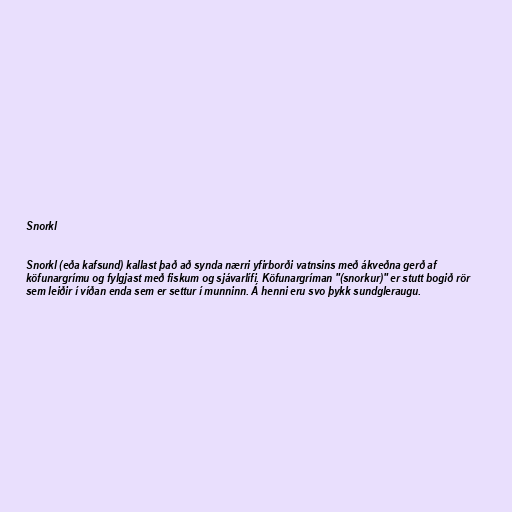
Snorkl

Snorkl (eða kafsund) kallast það að synda nærri yfirborði vatnsins með ákveðna gerð af
köfunargrímu og fylgjast með fiskum og sjávarlífi. Köfunargríman "(snorkur)" er stutt bogið rör
sem leiðir í víðan enda sem er settur í munninn. Á henni eru svo þykk sundgleraugu.